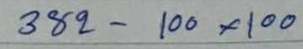
382 - 100x100